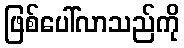
ဖြစ်ပေါ်လာသည်ကို